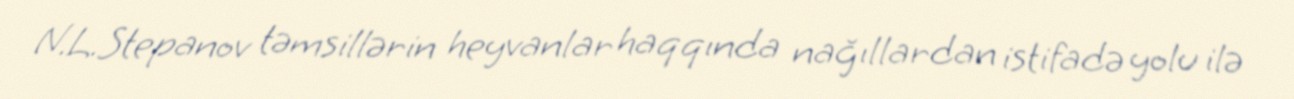
N.L.Stepanov təmsillərin heyvanlar haqqında nağıllardan istifadə yolu ilə